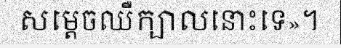
សម្តេចឈឺក្បាលនោះទេ»។